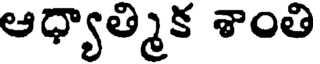
ఆధ్యాత్మక శాంతి